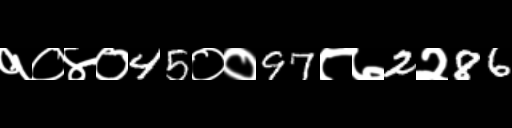
Text: १०४०45००97८७2२86